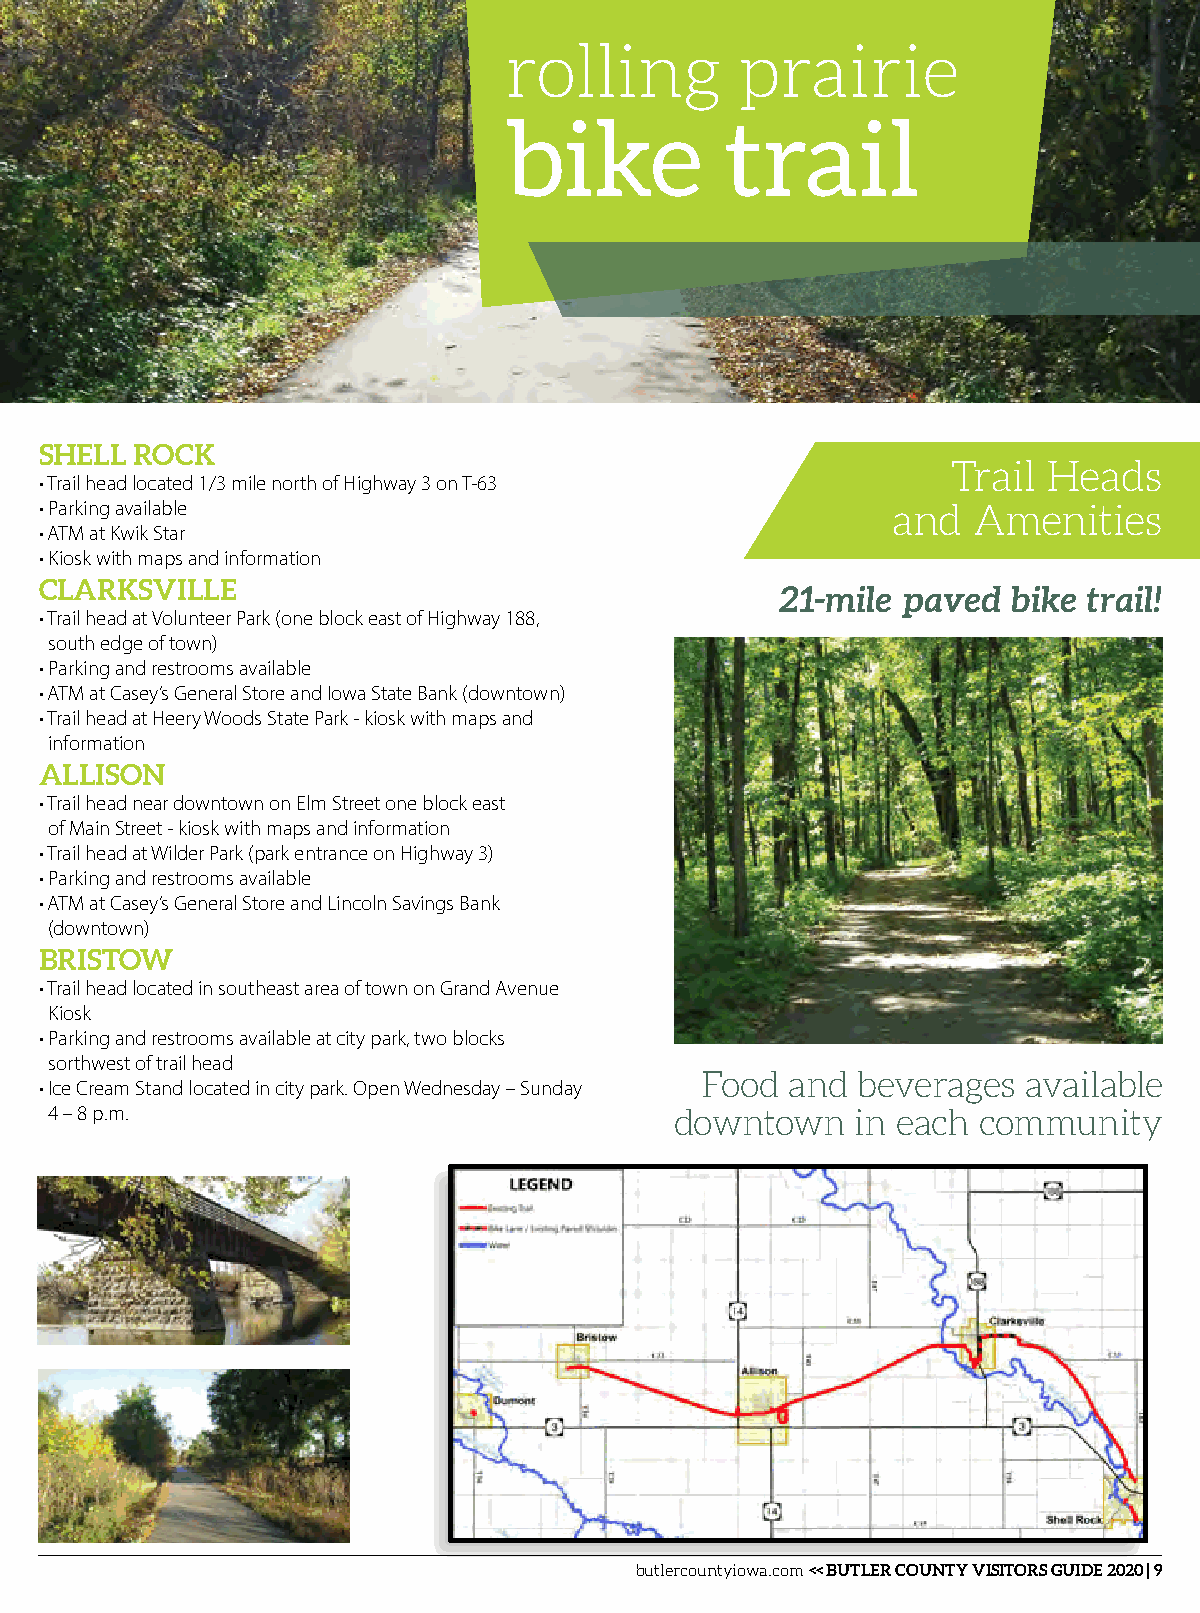
rolling         prairie
 bike           trail
 SHELL ROCK
 Trail Heads
 • Trail head located 1/3 mile north of Highway 3 on T-63
 • Parking available                                     and  Amenities
 • ATM at Kwik Star
 • Kiosk with maps and information
 CLARKSVILLE
 21-mile paved  bike trail!
 • Trail head at Volunteer Park (one block east of Highway 188,
 south edge of town)
 • Parking and restrooms available
 • ATM at Casey’s General Store and Iowa State Bank (downtown)
 • Trail head at Heery Woods State Park - kiosk with maps and
 information
 ALLISON
 • Trail head near downtown on Elm Street one block east
 of Main Street - kiosk with maps and information
 • Trail head at Wilder Park (park entrance on Highway 3)
 • Parking and restrooms available
 • ATM at Casey’s General Store and Lincoln Savings Bank
 (downtown)
 BRISTOW
 • Trail head located in southeast area of town on Grand Avenue
 Kiosk
 • Parking and restrooms available at city park, two blocks
 sorthwest of trail head
 Food  and  beverages  available
 • Ice Cream Stand located in city park. Open Wednesday – Sunday
 4 – 8 p.m.                                downtown    in each community
 butlercountyiowa.com << BUTLER COUNTY VISITORS GUIDE 2020 | 9